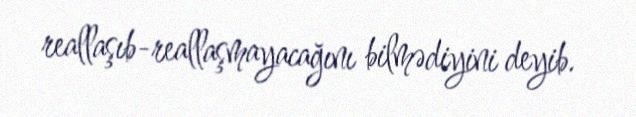
reallaşıb-reallaşmayacağını bilmədiyini deyib.